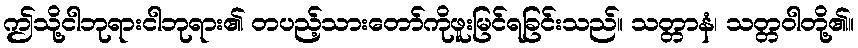
ဤသို့ငါဘုရားငါဘုရား၏ တပည့်သားတော်ကိုဖူးမြင်ရခြင်းသည်။ သတ္တာနံ၊ သတ္တဝါတို့၏။